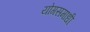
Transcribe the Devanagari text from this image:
योगसमाधी